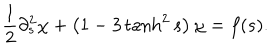
\frac { 1 } { 2 } \partial _ { s } ^ { 2 } \chi + \left( 1 - 3 \tanh ^ { 2 } s \right) \chi = f ( s ) .